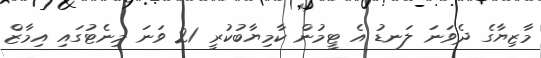
މާޒިޔާގެ ދެވަނަ ލަނޑު އެ ޓީމުން ކާމިޔާބުކުރީ 21 ވަނަ މިނެޓުގައި އިމާޒް